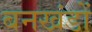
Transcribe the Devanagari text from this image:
बनखंडों